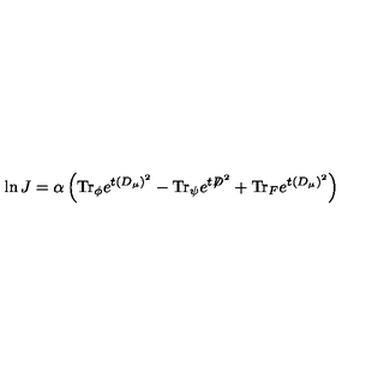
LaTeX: \ln J = \alpha \left( \mathrm { T r } _ { \phi } e ^ { t ( D _ { \mu } ) ^ { 2 } } - \mathrm { T r } _ { \psi } e ^ { t { \not D } ^ { 2 } } + \mathrm { T r } _ { F } e ^ { t ( D _ { \mu } ) ^ { 2 } } \right)